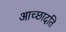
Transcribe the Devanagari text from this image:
आच्‍छादति